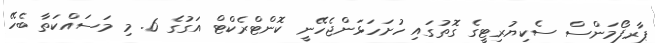
ޕާރފޯމަންސް ސެކިޔުރިޓީގެ ގޮތުގައި ހުށަހަޅަންޖެހޭނީ ކޮންޓްރެކްޓް އަގުގެ 6. މި މަސައްކަތާ ބެހޭ